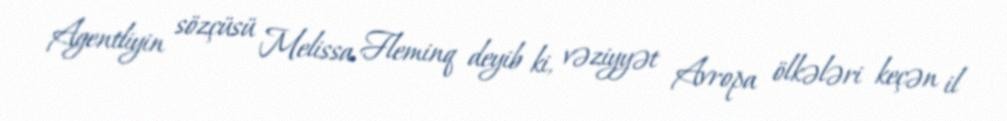
Agentliyin sözçüsü Melissa Fleminq deyib ki, vəziyyət Avropa ölkələri keçən il